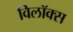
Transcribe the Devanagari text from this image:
विलॉक्स